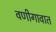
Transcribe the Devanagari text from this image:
वणीगावात